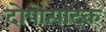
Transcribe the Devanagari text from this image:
दोषोत्पादक